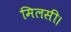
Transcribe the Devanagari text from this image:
मिलसी।